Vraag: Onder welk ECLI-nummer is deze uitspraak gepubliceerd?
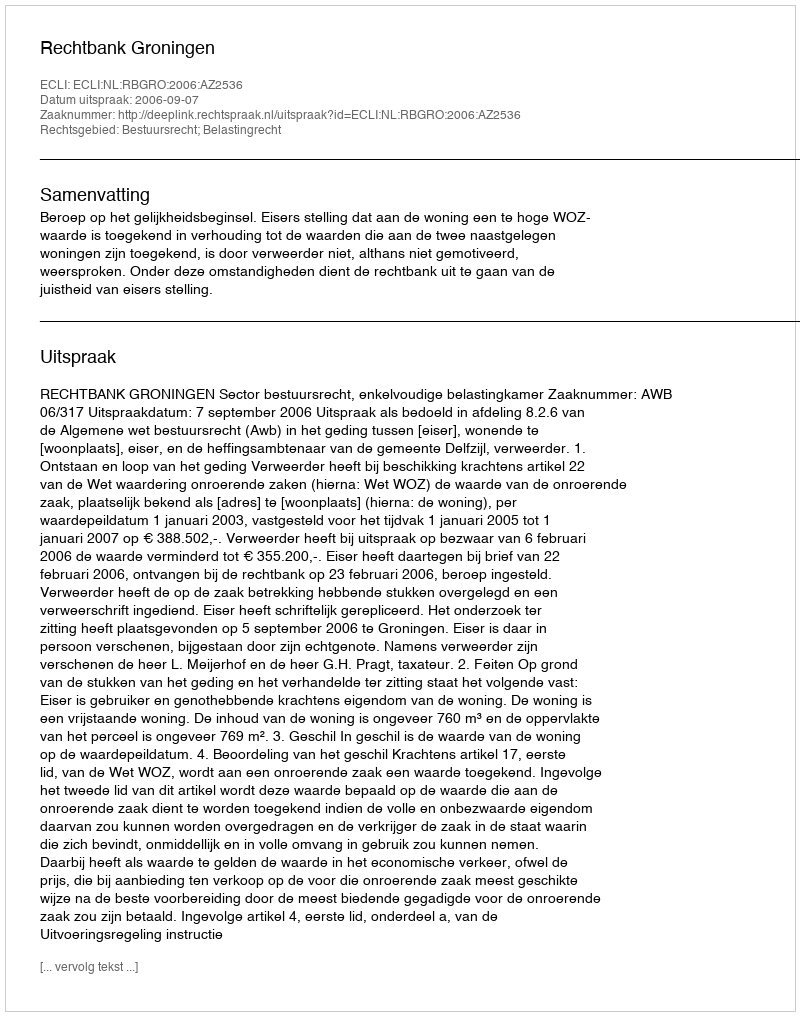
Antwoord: ECLI:NL:RBGRO:2006:AZ2536